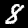
Label: 8